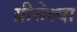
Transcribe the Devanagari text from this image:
ग्रीसेल्दा